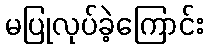
မပြုလုပ်ခဲ့ကြောင်း